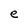
Character: e